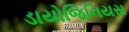
ડાયોજિનિયસ